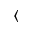
\langle